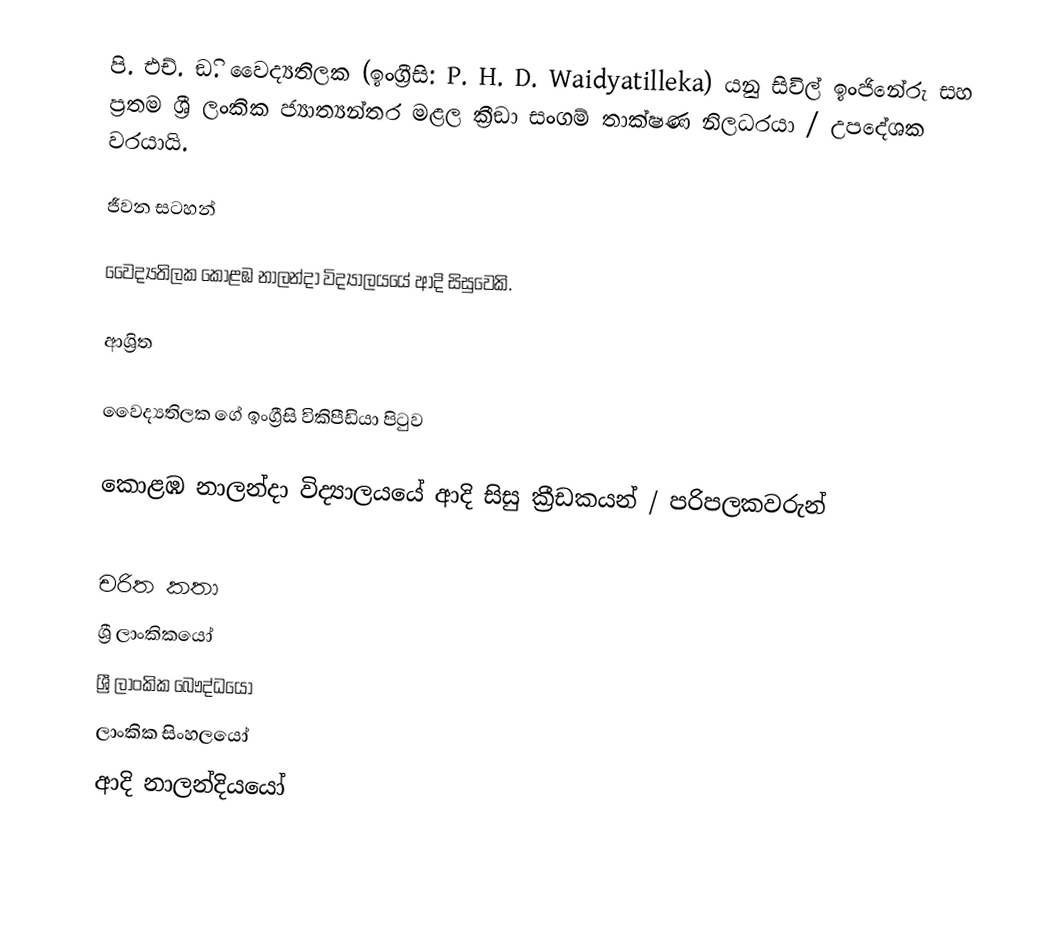
පි. එච්. ඞි. වෛද්‍යතිලක (ඉංග්‍රීසි: P. H. D. Waidyatilleka) යනු සිවිල් ඉංජිනේරු සහ ප්‍රතම ශ්‍රී ලංකික ජ්‍යාත්‍යන්තර මළල ක්‍රීඞා සංගම් තාක්ෂණ නිලධරයා /  උපදේශක වරයායි.

ජීවන සටහන්

වෛද්‍යතිලක  කොළඹ නාලන්දා විද්‍යාලයයේ ආදි සිසුවෙකි.

ආශ්‍රිත

 වෛද්‍යතිලක ගේ ඉංග්‍රීසි විකිපීඩියා පිටුව

 කොළඹ නාලන්දා විද්‍යාලයයේ ආදි සිසු ක්‍රීඩකයන් / පරිපලකවරුන්

චරිත කතා
ශ්‍රී ලාංකිකයෝ
ශ්‍රී ලාංකික බෞද්ධයෝ
ලාංකික සිංහලයෝ
ආදි නාලන්දියයෝ